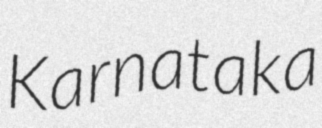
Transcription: Karnataka